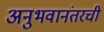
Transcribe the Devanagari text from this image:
अनुभवानंतरची